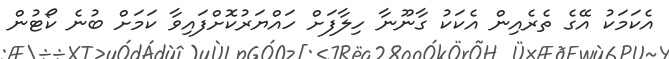
އެކަމަކު އޭގެ ތެރެއިން އެކަކު ގާނޫނާ ހިލާފަށް ހައްޔަރުކޮށްފައިވާ ކަމަށް ބުނެ ކޯޓުން